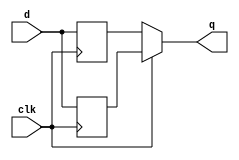
module top_module (
    input clk,
    input d,
    output q
);
    reg d1,d2;

    assign q=(clk)? d1:d2;
    always @(posedge clk) begin
        d1=d;
    end
    always @(negedge clk) begin
        d2=d;
    end
endmodule